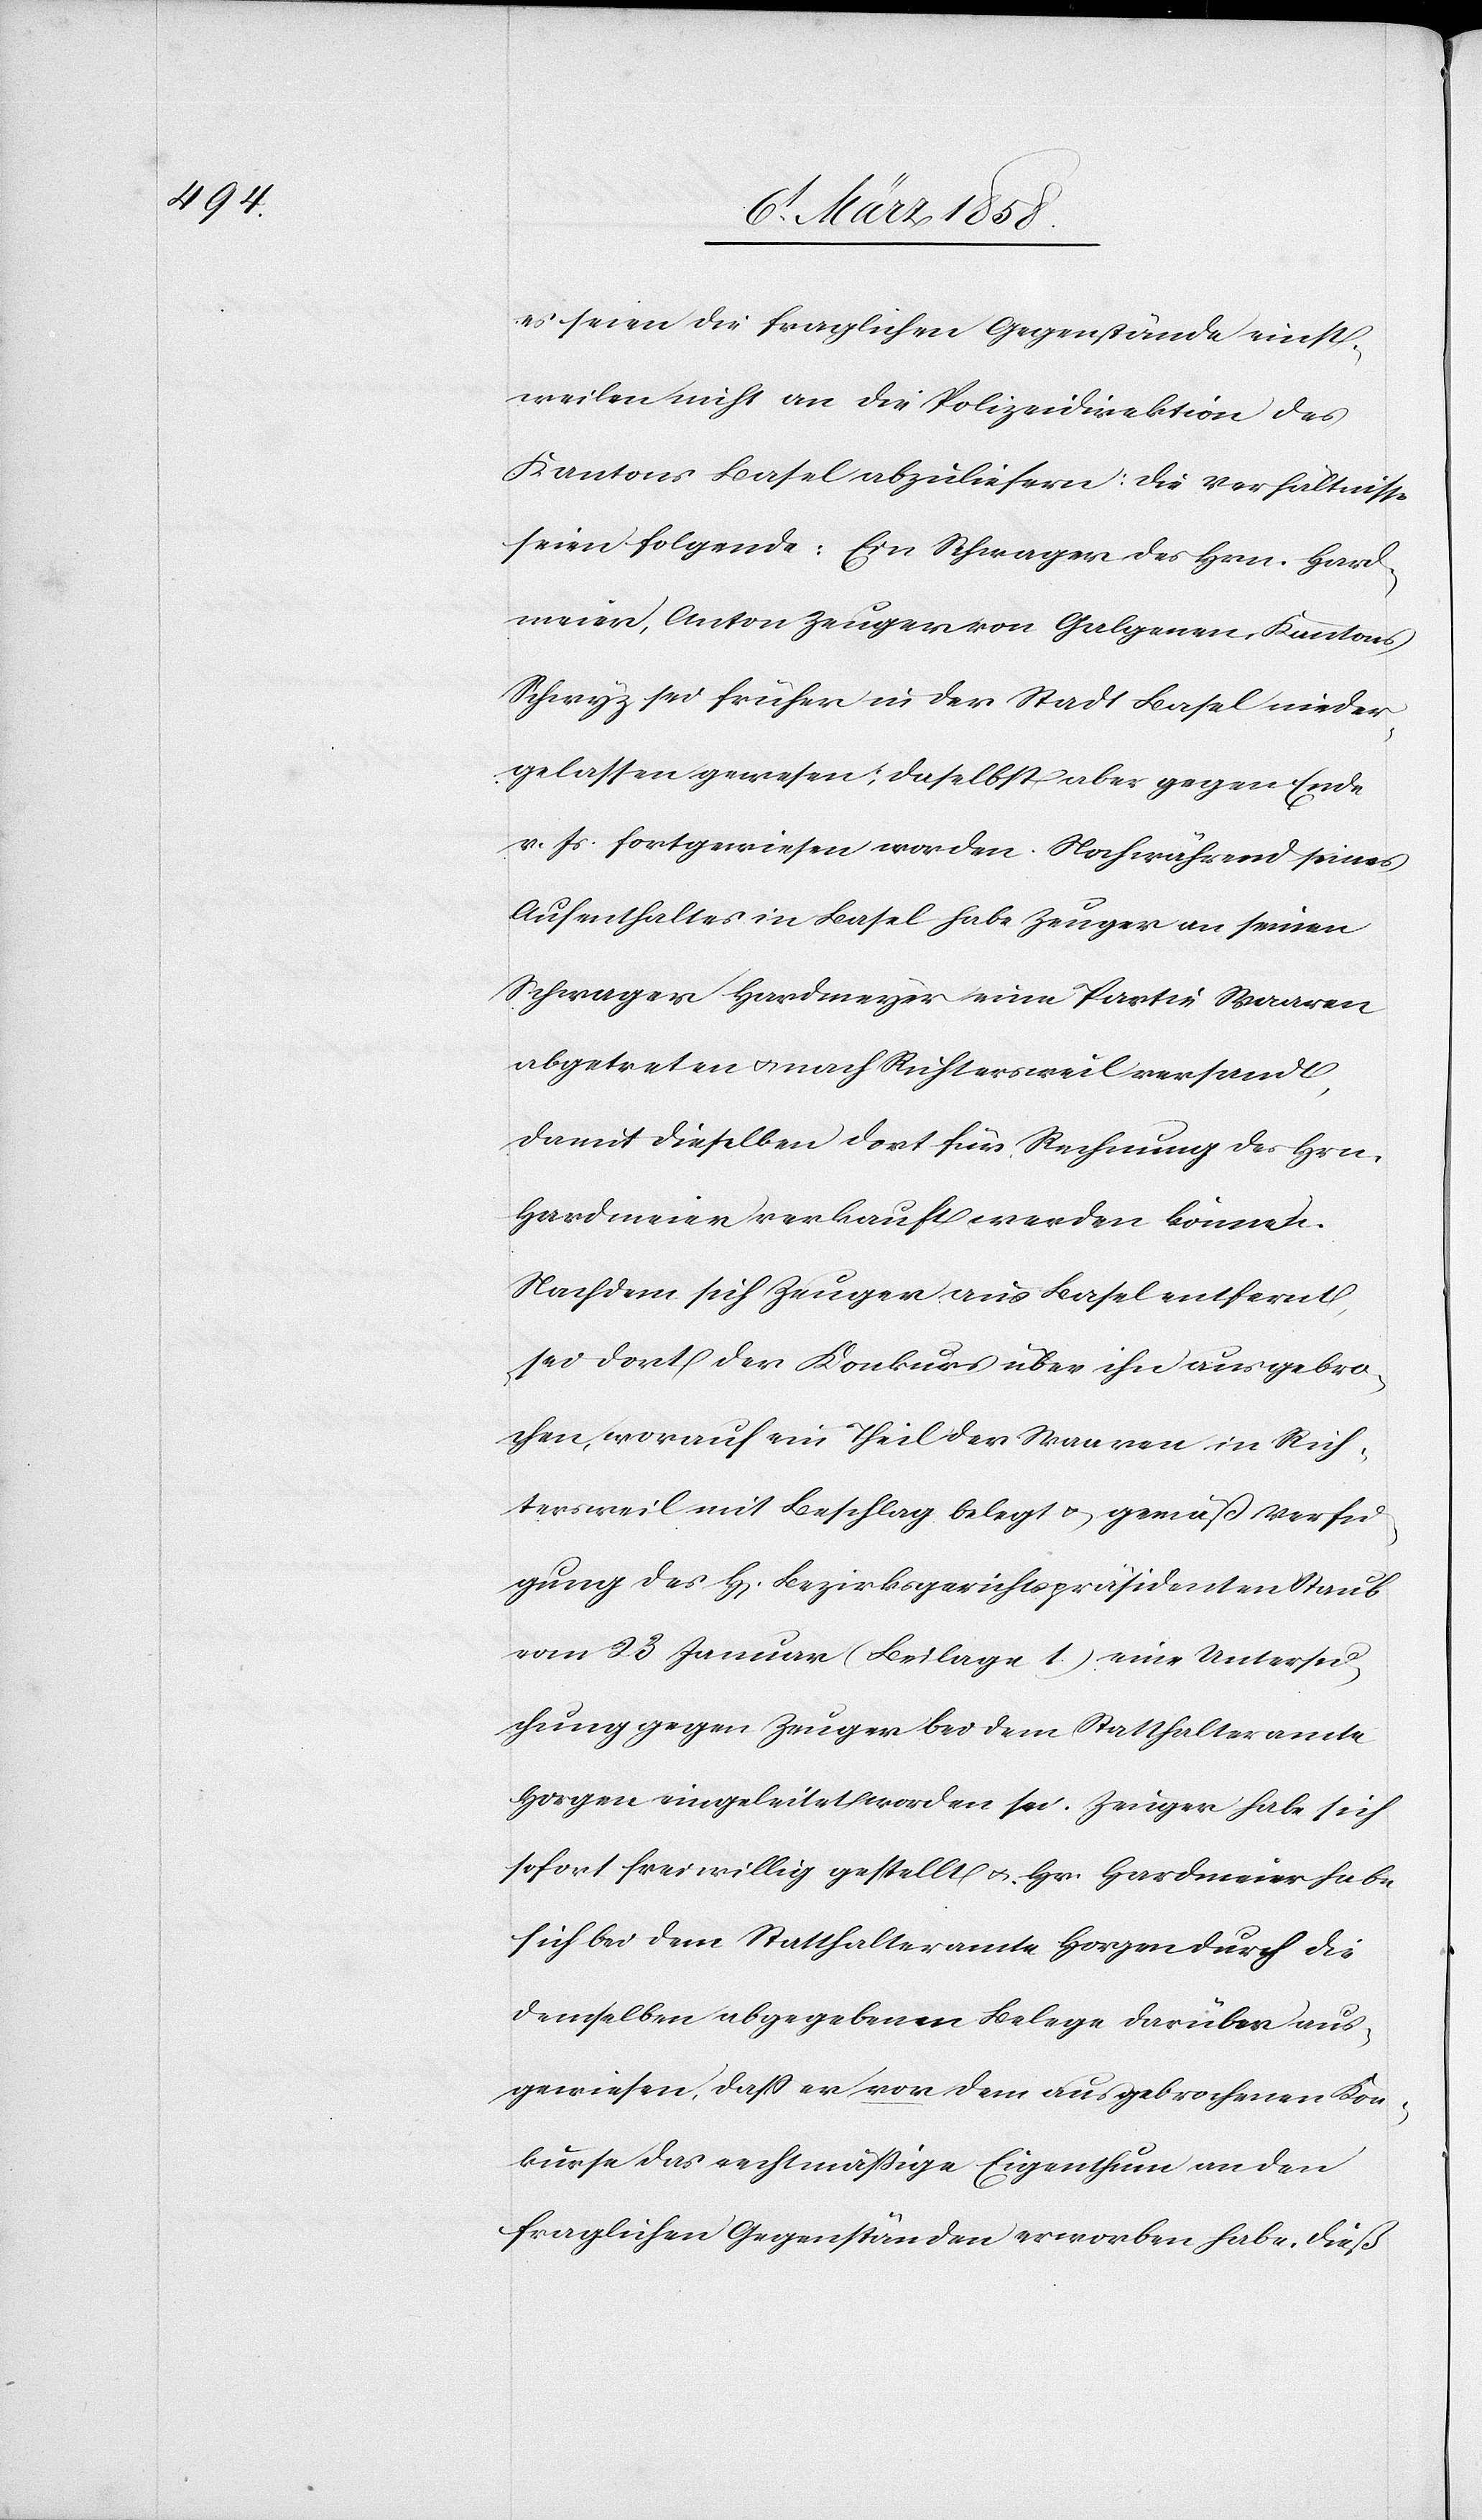
es seien die fraglichen Gegenstände einst¬
weilen nicht an die Polizeidirektion des
Kantons Basel abzuliefern: Die Verhältnisse
seien folgende: Ein Schwager des Hrn. Hard¬
meier, Anton Zeuger von Galgenen, Kantons
Schwyz sei früher in der Stadt Basel nieder¬
gelassen gewesen; daselbst aber gegen Ende
v. Js. fortgewiesen worden. Noch während seines
Aufenthaltes in Basel habe Zeuger an seinen
Schwager Hardmeyer eine Partie Waaren
abgetreten u. nach Richtersweil versandt,
damit dieselben dort für Rechnung des Hrn.
Hardmeier verkauft werden können.
Nachdem sich Zeuger aus Basel entfernt,
sei dort der Konkurs über ihn ausgebro¬
chen, worauf ein Theil der Waaren in Rich¬
tersweil mit Beschlag belegt u. gemäß Verfü¬
gung des H[errn] Bezirksgerichtspräsidenten Staub
vom 23 Januar (Beilage 1.) eine Untersu¬
chung gegen Zeuger bei dem Statthalteramte
Horgen eingeleitet worden sei. Zeuger habe sich
sofort freiwillig gestellt u. Hr. Hardmeier habe
sich bei dem Statthalteramte Horgen durch die
demselben abgegebenen Belege darüber aus¬
gewiesen, daß er vor dem ausgebrochenen Kon¬
kurse das rechtmäßige Eigenthum an den
fraglichen Gegenständen erworben habe, dies